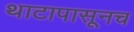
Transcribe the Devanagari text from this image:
थाटापासूनच